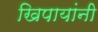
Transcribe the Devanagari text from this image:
खिपायांनी